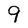
Character: 9